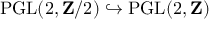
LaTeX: \operatorname { P G L } ( 2 , \mathbf { Z } / 2 ) \hookrightarrow \operatorname { P G L } ( 2 , \mathbf { Z } )